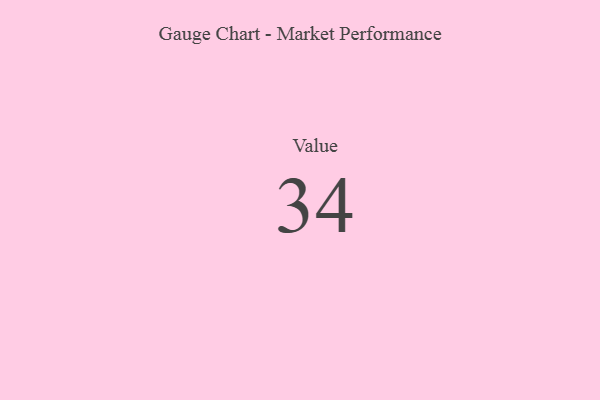
{"axis": {"x": "Metric", "y": "Value"}, "legend": [""], "data": [{"x": "Value", "y": 34, "type": ""}]}